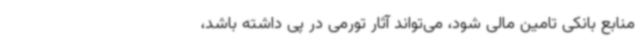
منابع بانکی تامین مالی شود، می‌تواند آثار تورمی در پی داشته باشد،